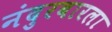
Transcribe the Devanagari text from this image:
नंदुरबारला